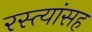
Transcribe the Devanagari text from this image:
रस्त्यांसह